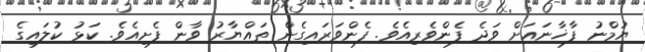
ޔުމްނު ފާޚާނައަށް ވަދެ ފެންވެރިއެވެ. ފެންވަރައިގެން ތައްޔާރު ވާން ފެށިއެވެ. ކަޅު ކުލައިގެ